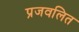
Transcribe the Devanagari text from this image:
प्रजवलित